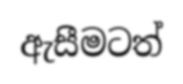
ඇසීමටත්